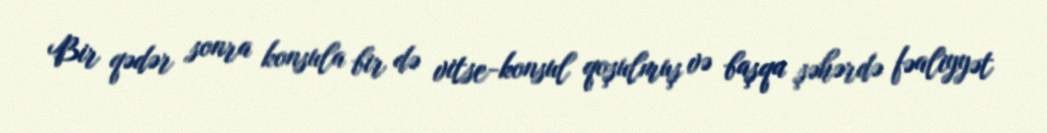
Bir qədər sonra konsula bir də vitse-konsul qoşulmuş və başqa şəhərdə fəaliyyət